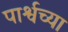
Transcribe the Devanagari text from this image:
पार्श्वच्या